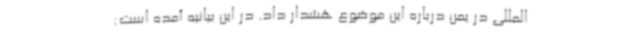
‌المللی در یمن درباره این موضوع هشدار داد. در این بیانیه آمده است: